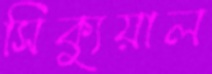
সিক্যুয়াল